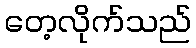
တေ့လိုက်သည်